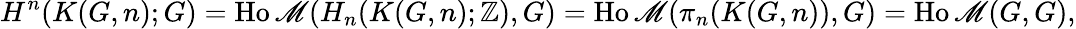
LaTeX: H^{n}(K(G,n);G)=\operatorname{Ho\mathscr{M}}(H_{n}(K(G,n);\mathbb{{Z}}),G)=\operatorname{Ho\mathscr{M}}(\pi_{n}(K(G,n)),G)=\operatorname{Ho\mathscr{M}}(G,G),